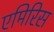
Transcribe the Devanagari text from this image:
एमिरिस